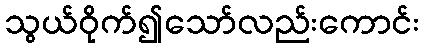
သွယ်ဝိုက်၍သော်လည်းကောင်း